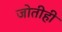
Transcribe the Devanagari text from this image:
जोतीही